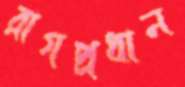
রাগপ্রধান